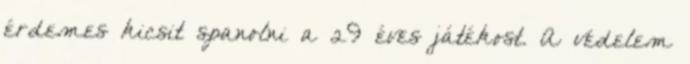
érdemes kicsit spanolni a 29 éves játékost. A védelem